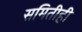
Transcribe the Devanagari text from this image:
समितीही